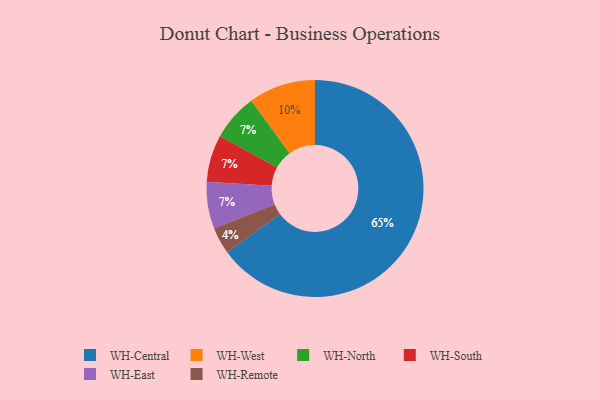
{"axis": {"x": "Category", "y": "Percentage"}, "legend": ["WH-Central", "WH-East", "WH-North", "WH-Remote", "WH-South", "WH-West"], "data": [{"x": "WH-Central", "y": 65, "type": "WH-Central"}, {"x": "WH-Remote", "y": 4, "type": "WH-Remote"}, {"x": "WH-North", "y": 7, "type": "WH-North"}, {"x": "WH-West", "y": 10, "type": "WH-West"}, {"x": "WH-South", "y": 7, "type": "WH-South"}, {"x": "WH-East", "y": 7, "type": "WH-East"}]}